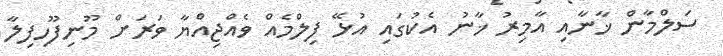
ސަލްމާން ޚާނާއި އާމިރު ޚާނު އެކުގައި އުޅޭ ފިލްމެއް ވެއްޖިއްޔާ ވަރަށް މޫނިފޫހިފިލާ